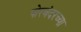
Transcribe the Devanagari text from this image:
पोरबंदरच्या